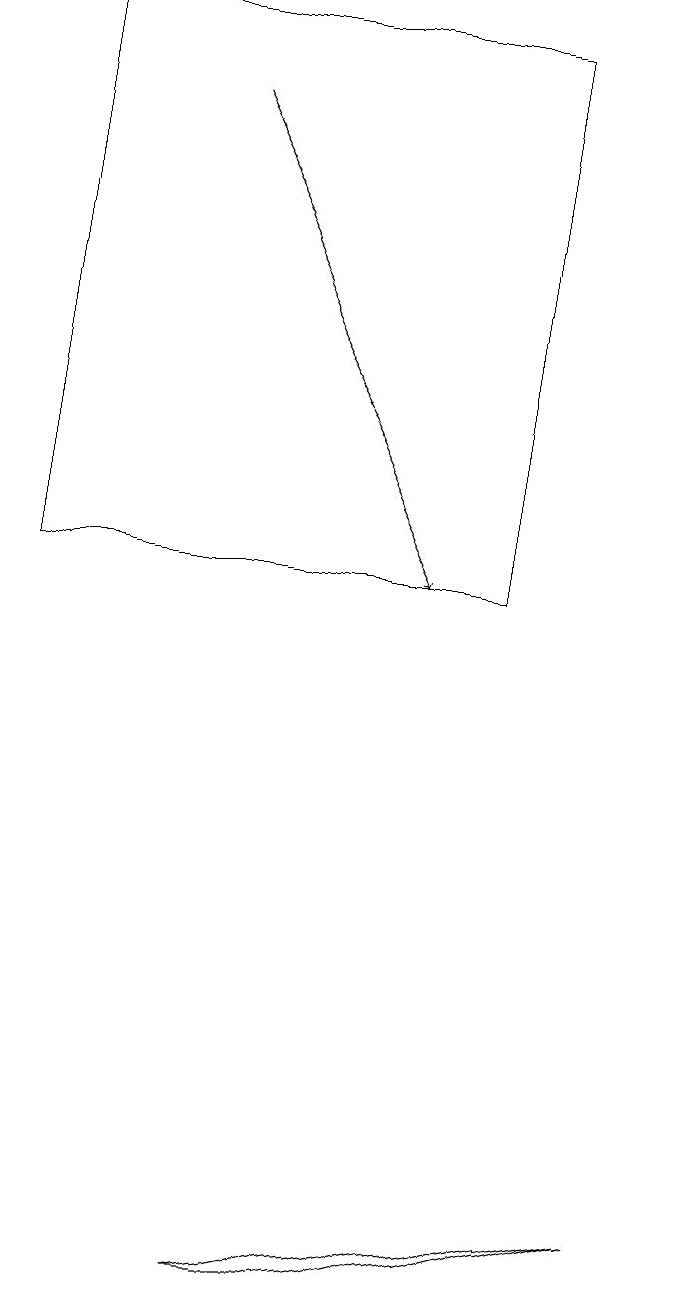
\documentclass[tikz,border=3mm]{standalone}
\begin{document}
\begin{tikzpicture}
\draw (1,18) rectangle (7,11);
\draw (5,2) -- (9,3) -- (4,2) -- cycle;
\draw[->] (3,17) -- (6,11);
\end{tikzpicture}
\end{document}